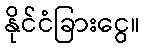
နိုင်ငံခြားငွေ။